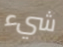
شيء